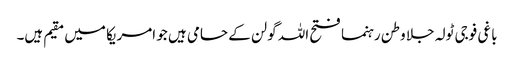
باغی فوجی ٹولہ جلا وطن رہنما فتح اللہ گولن کے حامی ہیں جو امریکا میں مقیم ہیں۔